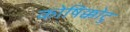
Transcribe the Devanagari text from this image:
कोषिक्कोटु